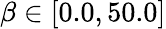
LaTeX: \beta\in\left[0.0,50.0\right]